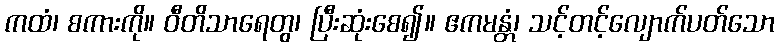
ကထံ၊ စကားကို။ ဝီတိသာရေတွ၊ ပြီးဆုံးစေ၍။ ဧကမန္တံ၊ သင့်တင့်လျောက်ပတ်သော